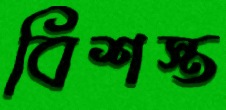
বিশস্ত